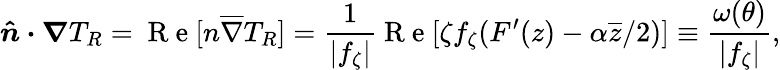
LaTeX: \boldsymbol{\hat{n}\cdot\nabla}T_{R}=\mathrm{~R~e~}[n\overline{{\nabla}}T_{R}]=\frac{1}{\lvert f_{\zeta}\vert}\mathrm{~R~e~}[\zeta f_{\zeta}(F^{\prime}(z)-\alpha\overline{{z}}/2)]\equiv\frac{\omega(\theta)}{\lvert f_{\zeta}\vert},